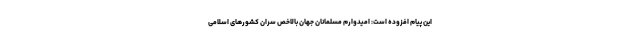
این پیام افزوده است: امیدوارم مسلمانان جهان بالاخص سران کشورهای اسلامی